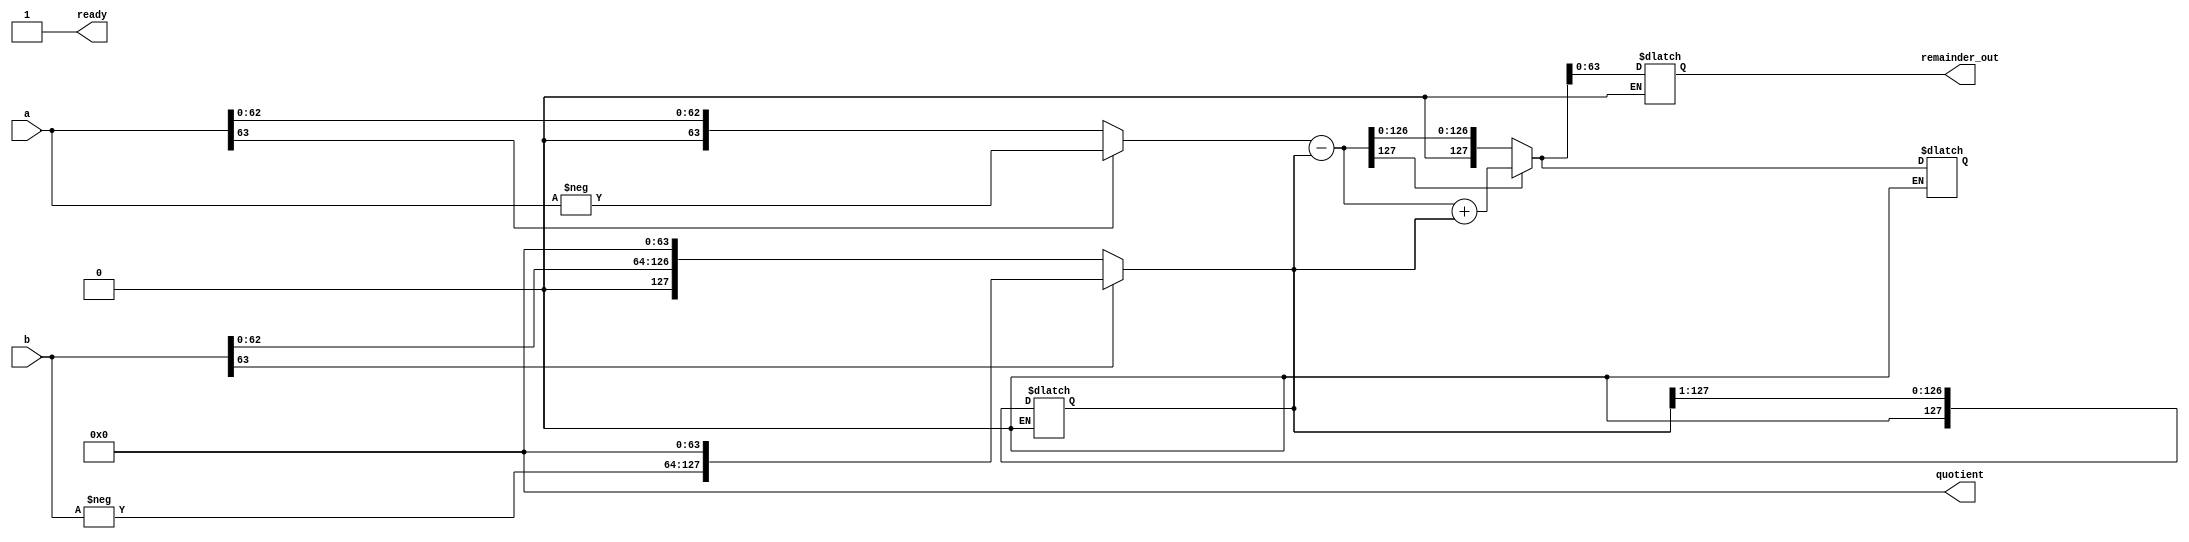
module divider (
output reg[63:0] quotient,
output reg [63:0] remainder_out,
output ready,
input [63:0] a, b
);

reg [127:0] remainder, divisor;
reg [7:0] ctr;
reg clk;
wire ready;
wire nega, negb;

assign ready = (ctr >= 65) ? 1:0;
assign nega = a[63];
assign negb = b[63];

always begin
  #2 clk = ~clk;
end

always@(a|b)begin
    quotient <= 0;
    ctr <=0;
    remainder = (nega) ? {64'b0, -a} : {64'b0,a};
    divisor = (negb) ? (-b << 64) : (b<<64);
    clk=0;
end

always@(clk)
begin

if(ctr < 65)begin
    remainder = remainder - divisor;
    quotient = quotient <<1;
    if(remainder[127]==1)begin
        remainder = remainder + divisor;
        quotient[0] <= 0;
    end else begin
        quotient[0] <=1;
    end
    divisor = divisor >> 1;
    ctr=ctr+1;
end
if(ctr >= 65) begin
    if(nega !== negb) begin
      quotient[63] <= 1;
    end
    remainder_out[63:0] <= remainder[63:0];
end
end

endmodule